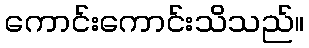
ကောင်းကောင်းသိသည်။